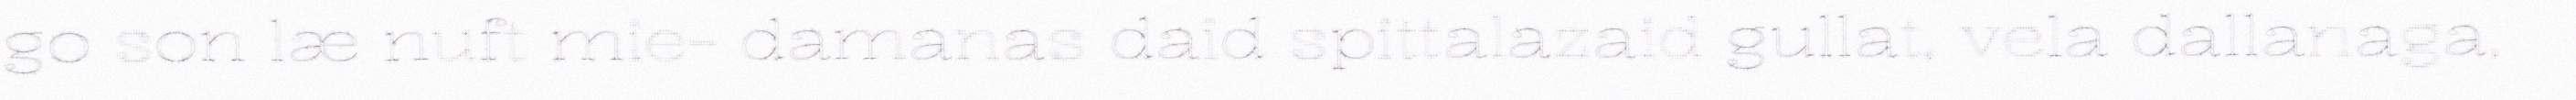
go son læ nuft mie- damanas daid spittalazaid gullat, vela dallanaga,